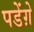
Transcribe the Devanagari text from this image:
पडेंग़े